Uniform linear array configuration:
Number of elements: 12
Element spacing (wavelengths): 0.25
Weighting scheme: exponential
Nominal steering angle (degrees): -15
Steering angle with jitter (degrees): -13.142
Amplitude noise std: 0.05
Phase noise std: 0.05

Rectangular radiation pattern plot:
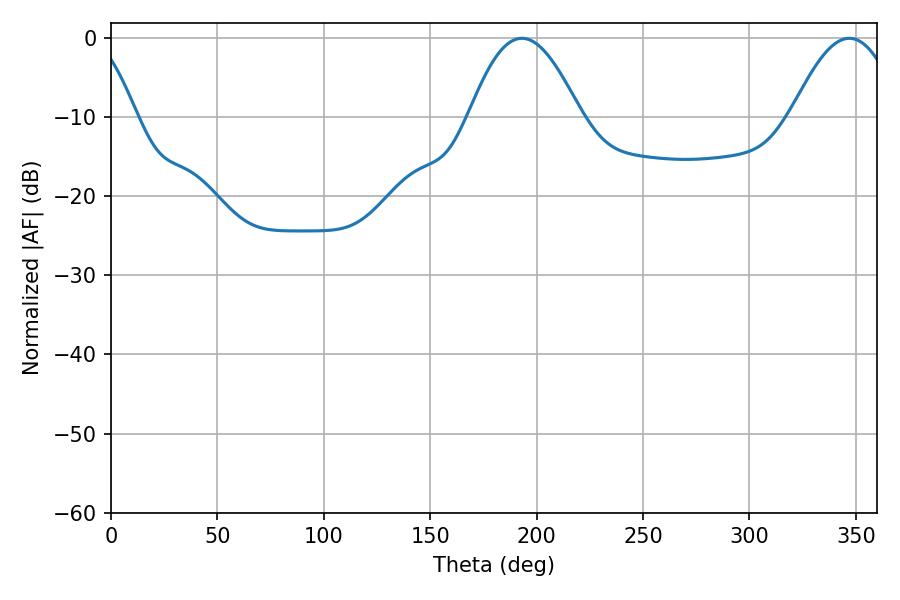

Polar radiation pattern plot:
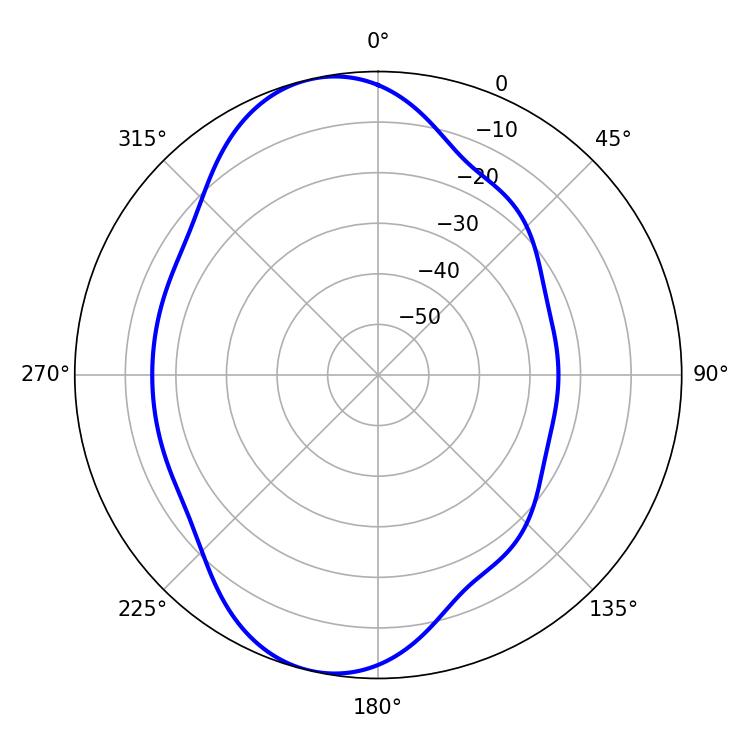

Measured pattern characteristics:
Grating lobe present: FALSE
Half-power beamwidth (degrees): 28.44
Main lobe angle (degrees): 193.14